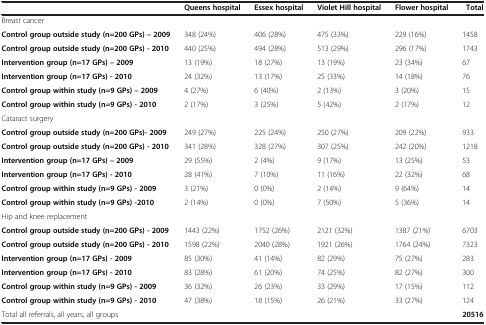
<table><thead><tr><td><b> </b></td><td><b>Queens hospital</b></td><td><b>Essex hospital</b></td><td><b>Violet Hill hospital</b></td><td><b>Flower hospital</b></td><td><b>Total</b></td></tr></thead><tbody><tr><td>Breast cancer</td><td> </td><td> </td><td> </td><td> </td><td> </td></tr><tr><td><b>Control group outside study (n=200 GPs) – 2009</b></td><td>348 (24%)</td><td>406 (28%)</td><td>475 (33%)</td><td>229 (16%)</td><td>1458</td></tr><tr><td><b>Control group outside study (n=200 GPs) - 2010</b></td><td>440 (25%)</td><td>494 (28%)</td><td>513 (29%)</td><td>296 (17%)</td><td>1743</td></tr><tr><td><b>Intervention group (n=17 GPs) – 2009</b></td><td>13 (19%)</td><td>18 (27%)</td><td>13 (19%)</td><td>23 (34%)</td><td>67</td></tr><tr><td><b>Intervention group (n=17 GPs) - 2010</b></td><td>24 (32%)</td><td>13 (17%)</td><td>25 (33%)</td><td>14 (18%)</td><td>76</td></tr><tr><td><b>Control group within study (n=9 GPs) – 2009</b></td><td>4 (27%)</td><td>6 (40%)</td><td>2 (13%)</td><td>3 (20%)</td><td>15</td></tr><tr><td><b>Control group within study (n=9 GPs) - 2010</b></td><td>2 (17%)</td><td>3 (25%)</td><td>5 (42%)</td><td>2 (17%)</td><td>12</td></tr><tr><td>Cataract surgery</td><td> </td><td> </td><td> </td><td> </td><td> </td></tr><tr><td><b>Control group outside study (n=200 GPs)- 2009</b></td><td>249 (27%)</td><td>225 (24%)</td><td>250 (27%)</td><td>209 (22%)</td><td>933</td></tr><tr><td><b>Control group outside study (n=200 GPs) - 2010</b></td><td>341 (28%)</td><td>328 (27%)</td><td>307 (25%)</td><td>242 (20%)</td><td>1218</td></tr><tr><td><b>Intervention group (n=17 GPs) – 2009</b></td><td>29 (55%)</td><td>2 (4%)</td><td>9 (17%)</td><td>13 (25%)</td><td>53</td></tr><tr><td><b>Intervention group (n=17 GPs) - 2010</b></td><td>28 (41%)</td><td>7 (10%)</td><td>11 (16%)</td><td>22 (32%)</td><td>68</td></tr><tr><td><b>Control group within study (n=9 GPs) - 2009</b></td><td>3 (21%)</td><td>0 (0%)</td><td>2 (14%)</td><td>9 (64%)</td><td>14</td></tr><tr><td><b>Control group within study (n=9 GPs) -2010</b></td><td>2 (14%)</td><td>0 (0%)</td><td>7 (50%)</td><td>5 (36%)</td><td>14</td></tr><tr><td>Hip and knee replacement</td><td> </td><td> </td><td> </td><td> </td><td> </td></tr><tr><td><b>Control group outside study (n=200 GPs) - 2009</b></td><td>1443 (22%)</td><td>1752 (26%)</td><td>2121 (32%)</td><td>1387 (21%)</td><td>6703</td></tr><tr><td><b>Control group outside study (n=200 GPs) - 2010</b></td><td>1598 (22%)</td><td>2040 (28%)</td><td>1921 (26%)</td><td>1764 (24%)</td><td>7323</td></tr><tr><td><b>Intervention group (n=17 GPs) - 2009</b></td><td>85 (30%)</td><td>41 (14%)</td><td>82 (29%)</td><td>75 (27%)</td><td>283</td></tr><tr><td><b>Intervention group (n=17 GPs) - 2010</b></td><td>83 (28%)</td><td>61 (20%)</td><td>74 (25%)</td><td>82 (27%)</td><td>300</td></tr><tr><td><b>Control group within study (n=9 GPs) - 2009</b></td><td>36 (32%)</td><td>26 (23%)</td><td>33 (29%)</td><td>17 (15%)</td><td>112</td></tr><tr><td><b>Control group within study (n=9 GPs) - 2010</b></td><td>47 (38%)</td><td>18 (15%)</td><td>26 (21%)</td><td>33 (27%)</td><td>124</td></tr><tr><td>Total all referrals, all years, all groups</td><td> </td><td> </td><td> </td><td> </td><td><b>20516</b></td></tr></tbody></table>